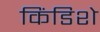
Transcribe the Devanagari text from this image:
किंडिशे